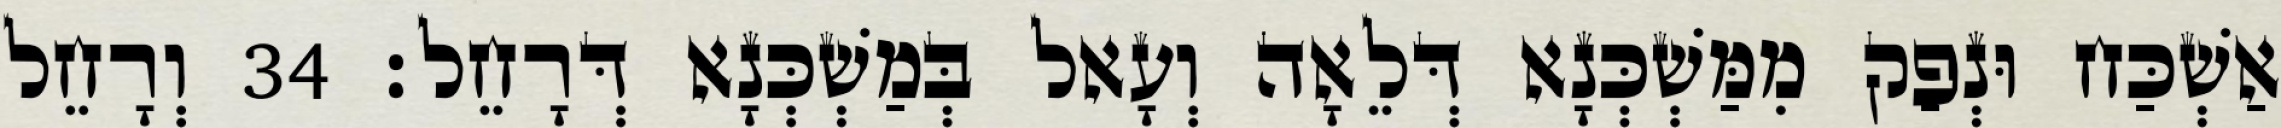
אַשְׁכַּח וּנְפַק מִמַּשְׁכְּנָא דְּלֵאָה וְעָאל בְּמַשְׁכְּנָא דְּרָחֵל׃ 34 וְרָחֵל